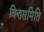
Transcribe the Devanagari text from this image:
वित्तसमिति